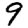
Digit: 9